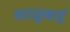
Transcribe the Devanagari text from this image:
काळूबाई